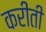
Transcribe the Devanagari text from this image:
करीती